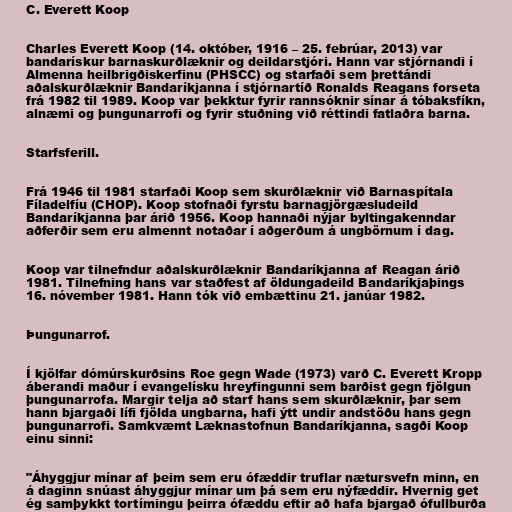
C. Everett Koop

Charles Everett Koop (14. október, 1916 – 25. febrúar, 2013) var
bandarískur barnaskurðlæknir og deildarstjóri. Hann var stjórnandi í
Almenna heilbrigðiskerfinu (PHSCC) og starfaði sem þrettándi
aðalskurðlæknir Bandaríkjanna í stjórnartíð Ronalds Reagans forseta
frá 1982 til 1989. Koop var þekktur fyrir rannsóknir sínar á tóbaksfíkn,
alnæmi og þungunarrofi og fyrir stuðning við réttindi fatlaðra barna.

Starfsferill.

Frá 1946 til 1981 starfaði Koop sem skurðlæknir við Barnaspítala
Fíladelfíu (CHOP). Koop stofnaði fyrstu barnagjörgæsludeild
Bandaríkjanna þar árið 1956. Koop hannaði nýjar byltingakenndar
aðferðir sem eru almennt notaðar í aðgerðum á ungbörnum í dag.

Koop var tilnefndur aðalskurðlæknir Bandaríkjanna af Reagan árið
1981. Tilnefning hans var staðfest af öldungadeild Bandaríkjaþings
16. nóvember 1981. Hann tók við embættinu 21. janúar 1982.

Þungunarrof.

Í kjölfar dómúrskurðsins Roe gegn Wade (1973) varð C. Everett Kropp
áberandi maður í evangelísku hreyfingunni sem barðist gegn fjölgun
þungunarrofa. Margir telja að starf hans sem skurðlæknir, þar sem
hann bjargaði lífi fjölda ungbarna, hafi ýtt undir andstöðu hans gegn
þungunarrofi. Samkvæmt Læknastofnun Bandaríkjanna, sagði Koop
einu sinni:

"Áhyggjur mínar af þeim sem eru ófæddir truflar nætursvefn minn, en
á daginn snúast áhyggjur mínar um þá sem eru nýfæddir. Hvernig get
ég samþykkt tortímingu þeirra ófæddu eftir að hafa bjargað ófullburða